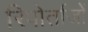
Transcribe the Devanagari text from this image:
रिपोर्ताजों